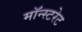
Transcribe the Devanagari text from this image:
मॉन्स्टरेट